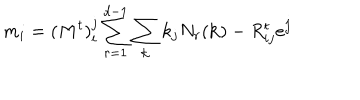
LaTeX: m _ { i } = ( M ^ { t } ) _ { i } ^ { j } \sum _ { r = 1 } ^ { d - 1 } \sum _ { \bf k } k _ { j } N _ { r } ( { \bf k } ) - R _ { i j } ^ { t } e ^ { j }